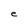
Character: e